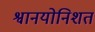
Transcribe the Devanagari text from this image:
श्वानयोनिशतं